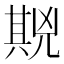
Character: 𱏪